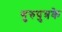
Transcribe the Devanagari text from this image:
गुरुपुत्रके